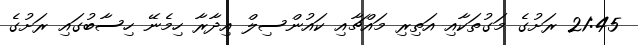
21:45 ރަށުގެ މަގުތަކާއި އަތިރި މައްޗާއި ކައުންސިލް އިދާރާ ހިމެނޭ ހިސާބުގައި ރަށުގެ